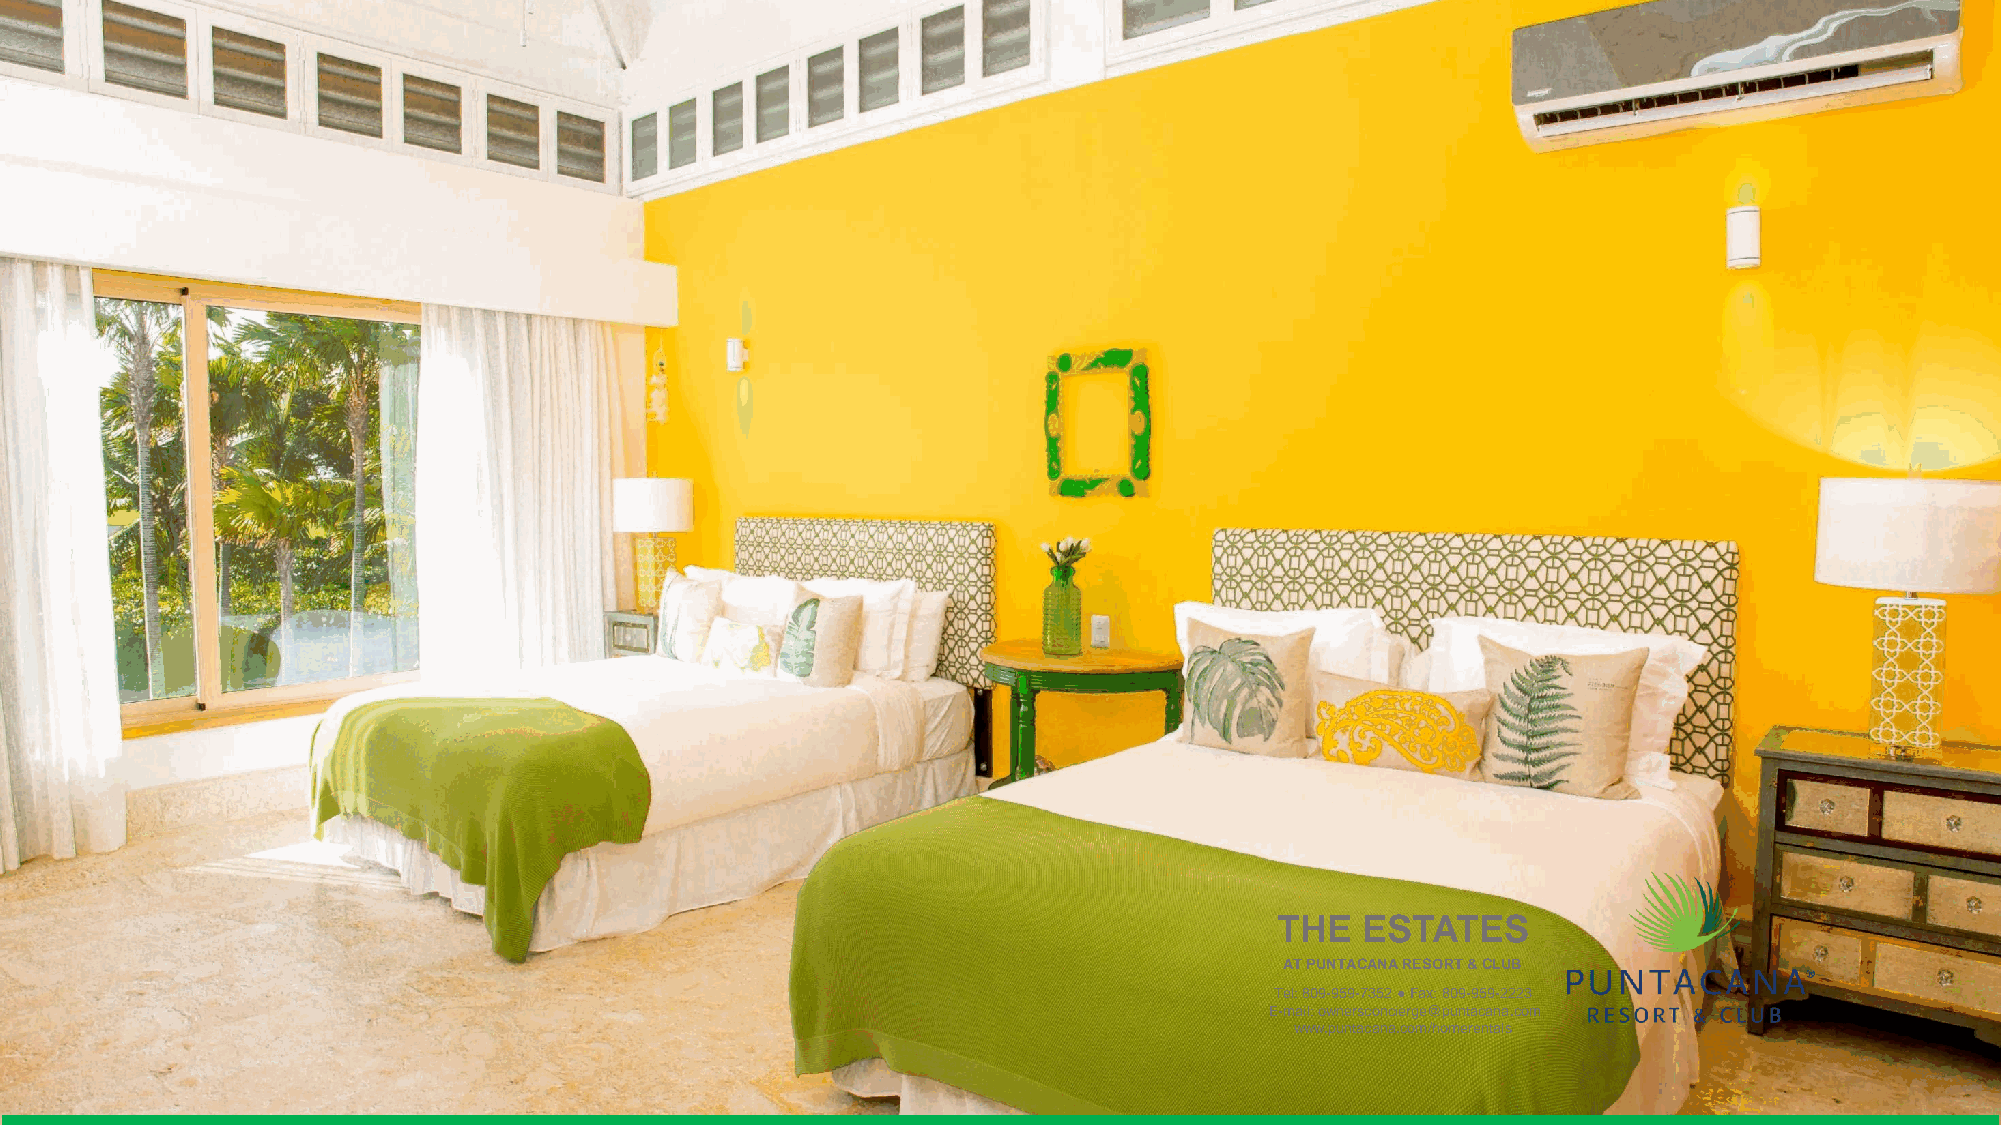
CORALES  42                           SUITE 6: 2 FULL SIZE BEDS
 THE  ESTATES
 THE   ESTATES
 AT PUNTACANA RESORT & CLUB
 AT PUNTACANA RESORT & CLUB
 Tel: 809-959-7352 ●Fax: 809-959-2223
 ET-eml:a 8il0: 9o-w9n5e9r-s7c3o5n2c i●erFgaex@: 8p0u9n-t9a5ca9n-2a2.c2o3m
 E-mwaiwl: wo.wpnuenrtsaccoanncai.ecrogme@/hopmunetraecnatnaals.com
 www.puntacana.com/homerentals